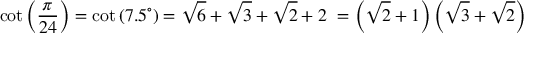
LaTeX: \cot \left( { \frac { \pi } { 2 4 } } \right) = \cot \left( 7 . 5 ^ { \circ } \right) = { \sqrt { 6 } } + { \sqrt { 3 } } + { \sqrt { 2 } } + 2 \ = \left( { \sqrt { 2 } } + 1 \right) \left( { \sqrt { 3 } } + { \sqrt { 2 } } \right)